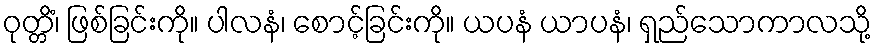
ဝုတ္တိံ၊ ဖြစ်ခြင်းကို။ ပါလနံ၊ စောင့်ခြင်းကို။ ယပနံ ယာပနံ၊ ရှည်သောကာလသို့